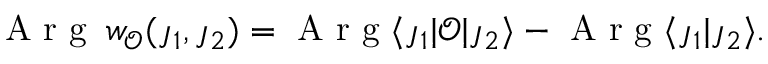
\begin{array} { r } { \mathrm { ~ A ~ r ~ g ~ } \: w _ { \mathscr { O } } ( \j _ { 1 } , \j _ { 2 } ) = \mathrm { ~ A ~ r ~ g ~ } \langle \j _ { 1 } \lvert \mathscr { O } \lvert \j _ { 2 } \rangle - \mathrm { ~ A ~ r ~ g ~ } \langle \j _ { 1 } \lvert \j _ { 2 } \rangle . } \end{array}